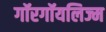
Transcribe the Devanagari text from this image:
गॉरगॉयलिज्म